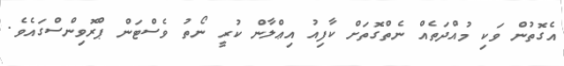
އެގޮތުން ވަކި މުއްދަތެއް ނެތްގޮތަށް ކާފިއު އިޢްލާން ކުރީ ނޯތު ވެސްޓަން ޕްރޮވިންސްގައެވެ.